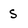
Character: s